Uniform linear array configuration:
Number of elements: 32
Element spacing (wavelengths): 1
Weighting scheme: kaiser
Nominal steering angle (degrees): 30
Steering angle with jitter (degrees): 31.031
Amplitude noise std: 0.05
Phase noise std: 0.05

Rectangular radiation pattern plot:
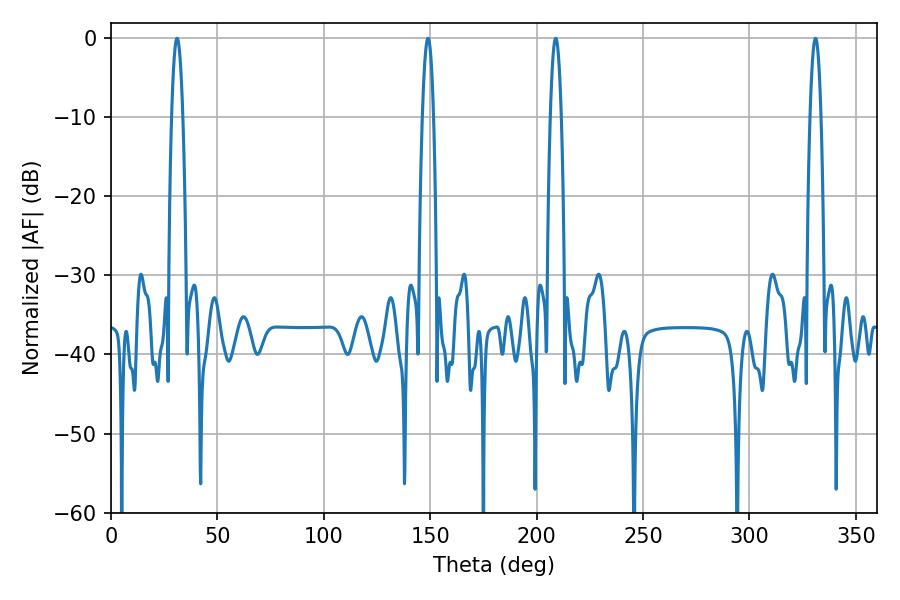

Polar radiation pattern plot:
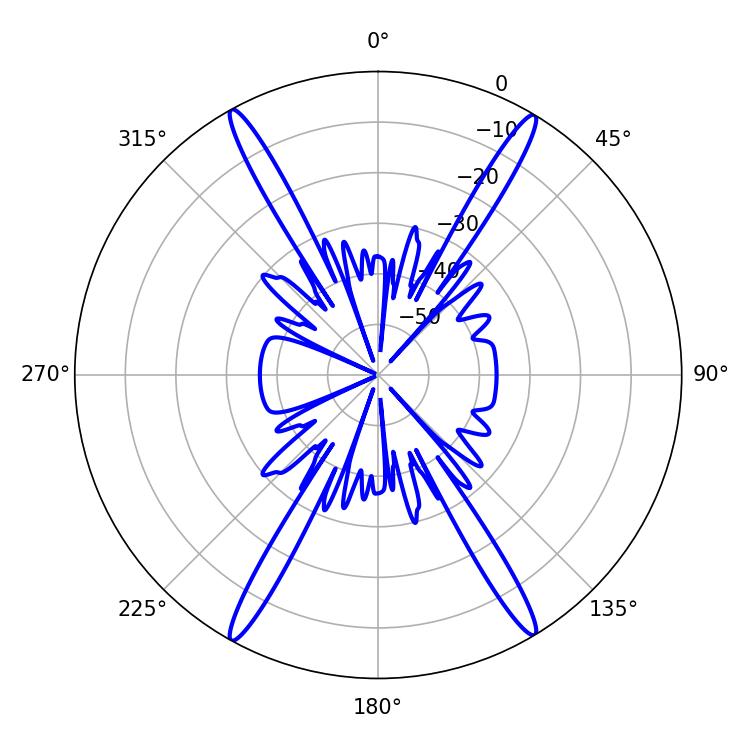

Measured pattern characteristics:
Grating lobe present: TRUE
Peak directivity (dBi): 26.382
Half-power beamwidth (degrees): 2.88
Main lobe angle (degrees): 208.98